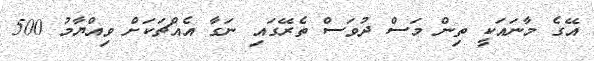
އޭގެ މާނައަކީ ތިން މަސް ދުވަސް ތެރޭގައި ނަގާ އެއްޗަކަށް ވިއްޔާމު 500